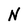
Character: N